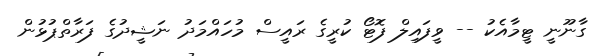
ގާނޫނީ ޓީމާއެކު -- ވީފައިލް ފޮޓޯ ކުރީގެ ރައީސް މުހައްމަދު ނަޝީދުގެ ފަރާތްޕުޅުން